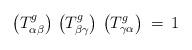
LaTeX: \begin{align*}\left( T^g_{\alpha \beta} \right) \,\left( T^g_{\beta \gamma} \right) \,\left( T^g_{\gamma \alpha} \right) \: = \: 1\end{align*}